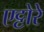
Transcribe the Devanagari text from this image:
एट्टोरे